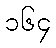
၁၆၄